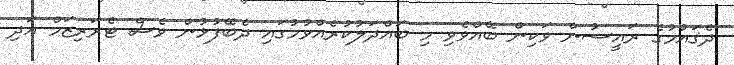
ދެޤައުމުގެ ރައީސުން ވަކިން ބޭއްވެވި މި ބައްދަލުކުރެއްވުމުގައި ދެބޭފުޅުން ވެސް ޓެރަރިޒަމް އަދި